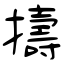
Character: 擣